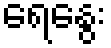
ရေနွေး